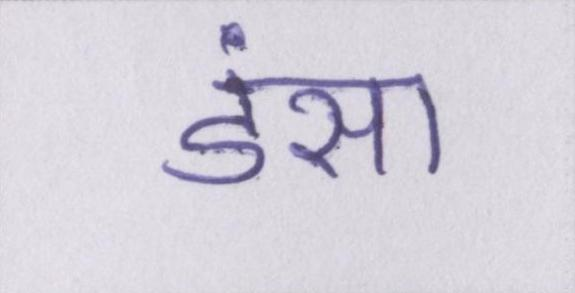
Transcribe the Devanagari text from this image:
डंसा